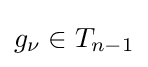
g_{\nu }\in T_{n-1}